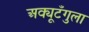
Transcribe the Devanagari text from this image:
अक्यूटँगुला